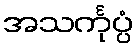
အသင်္ကုပ္ပံ